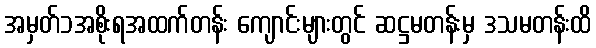
အမှတ်၁အစိုးရအထက်တန်း ကျောင်းများတွင် ဆဋ္ဌမတန်းမှ ဒသမတန်းထိ